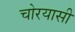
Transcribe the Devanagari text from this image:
चोरयासी